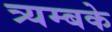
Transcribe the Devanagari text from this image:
त्र्यम्बके